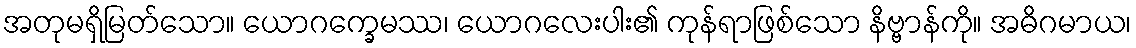
အတုမရှိမြတ်သော။ ယောဂက္ခေမဿ၊ ယောဂလေးပါး၏ ကုန်ရာဖြစ်သော နိဗ္ဗာန်ကို။ အဓိဂမာယ၊